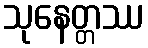
သုနေတ္တဿ